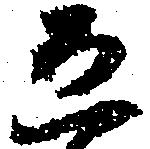
恐